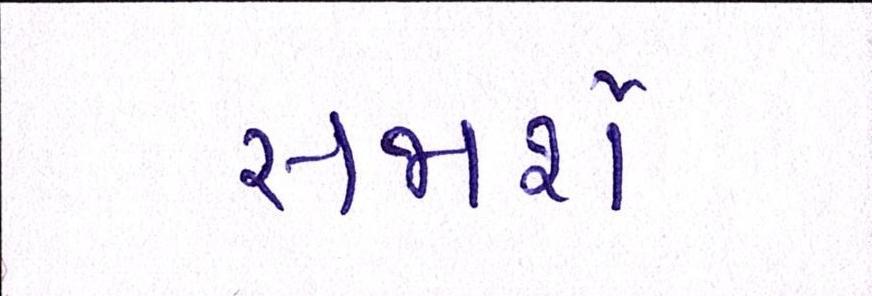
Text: સજાર્શેઃ